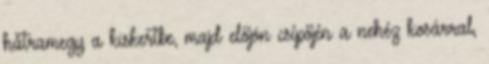
hátramegy a kiskertbe, majd előjön csípőjén a nehéz kosárral,